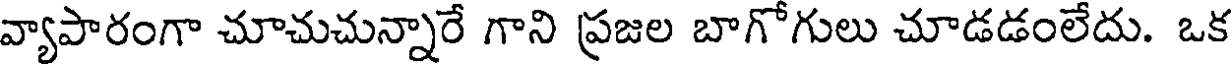
వ్యాపారంగా చూచుచున్నారే గాని ప్రజల బాగోగులు చూడడంలేదు. ఒక